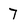
Character: 7